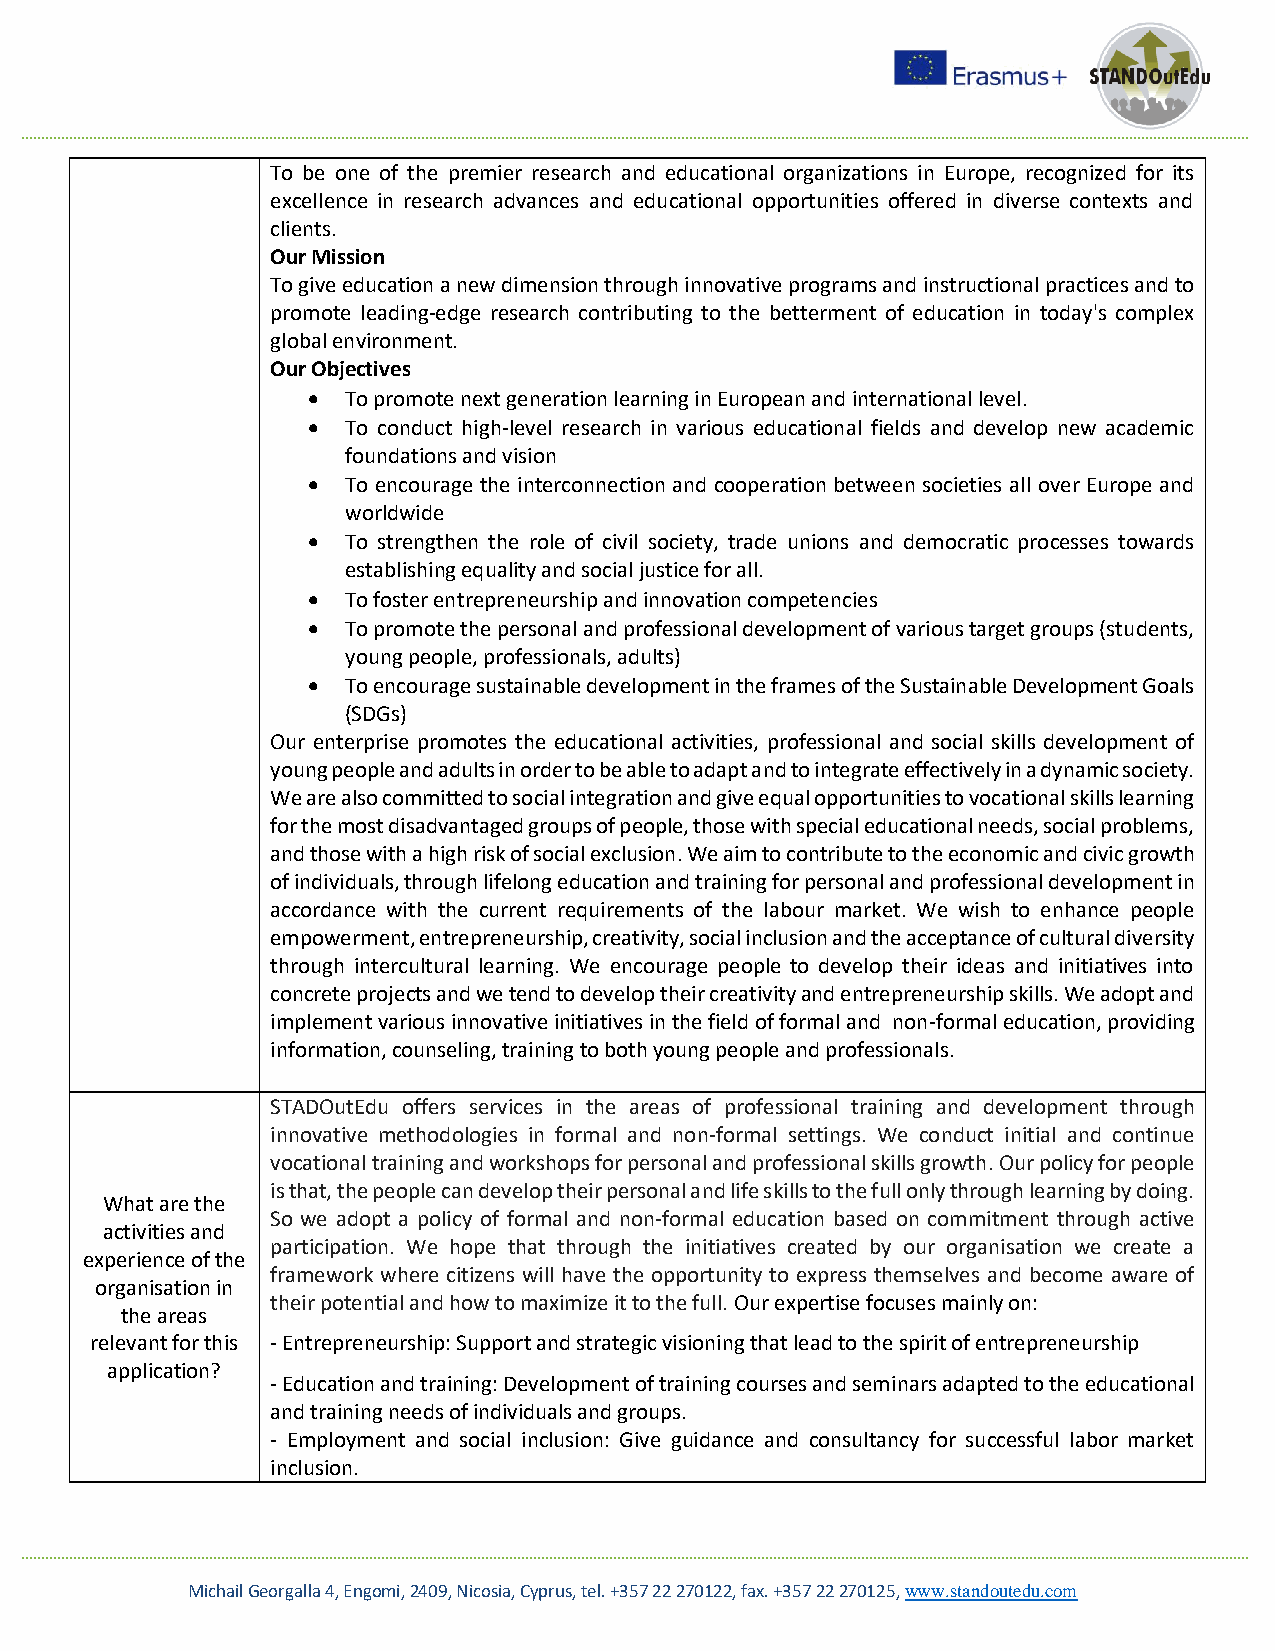
To be one of the premier research and educational organizations in Europe, recognized for its
 excellence in research advances and educational opportunities offered in diverse contexts and
 clients.
 Our Mission
 To give education a new dimension through innovative programs and instructional practices and to
 promote leading-edge research contributing to the betterment of education in today's complex
 global environment.
 Our Objectives
   To promote next generation learning in European and international level.
   To conduct high-level research in various educational fields and develop new academic
 foundations and vision
   To encourage the interconnection and cooperation between societies all over Europe and
 worldwide
   To strengthen the role of civil society, trade unions and democratic processes towards
 establishing equality and social justice for all.
   To foster entrepreneurship and innovation competencies
   To promote the personal and professional development of various target groups (students,
 young people, professionals, adults)
   To encourage sustainable development in the frames of the Sustainable Development Goals
 (SDGs)
 Our enterprise promotes the educational activities, professional and social skills development of
 young people and adults in order to be able to adapt and to integrate effectively in a dynamic society.
 We are also committed to social integration and give equal opportunities to vocational skills learning
 for the most disadvantaged groups of people, those with special educational needs, social problems,
 and those with a high risk of social exclusion. We aim to contribute to the economic and civic growth
 of individuals, through lifelong education and training for personal and professional development in
 accordance with the current requirements of the labour market. We wish to enhance people
 empowerment, entrepreneurship, creativity, social inclusion and the acceptance of cultural diversity
 through intercultural learning. We encourage people to develop their ideas and initiatives into
 concrete projects and we tend to develop their creativity and entrepreneurship skills. We adopt and
 implement various innovative initiatives in the field of formal and non-formal education, providing
 information, counseling, training to both young people and professionals.
 STADOutEdu offers services in the areas of professional training and development through
 innovative methodologies in formal and non-formal settings. We conduct initial and continue
 vocational training and workshops for personal and professional skills growth. Our policy for people
 is that, the people can develop their personal and life skills to the full only through learning by doing.
 What are the
 So we adopt a policy of formal and non-formal education based on commitment through active
 activities and
 participation. We hope that through the initiatives created by our organisation we create a
 experience of the
 framework where citizens will have the opportunity to express themselves and become aware of
 organisation in
 their potential and how to maximize it to the full. Our expertise focuses mainly on:
 the areas
 relevant for this - Entrepreneurship: Support and strategic visioning that lead to the spirit of entrepreneurship
 application?
 - Education and training: Development of training courses and seminars adapted to the educational
 and training needs of individuals and groups.
 - Employment and social inclusion: Give guidance and consultancy for successful labor market
 inclusion.
 Michail Georgalla 4, Engomi, 2409, Nicosia, Cyprus, tel. +357 22 270122, fax. +357 22 270125, www.standoutedu.com